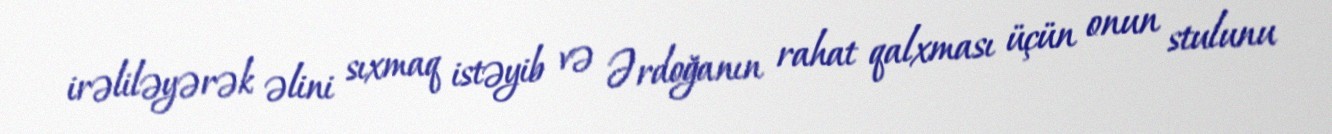
irəliləyərək əlini sıxmaq istəyib və Ərdoğanın rahat qalxması üçün onun stulunu